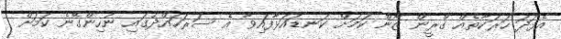
އެފަދަ ހަރަކާތެއް ގްރީން ޒޯން ކަމަށް ކަނޑައަޅާފައިވާ އެ ސަރަހައްދުގައި ނުހިންގޭނެ ކަމަށް